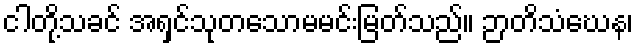
ငါတို့သခင် အရှင်သုတသောမမင်းမြတ်သည်။ ဉာတိသံဃေန၊